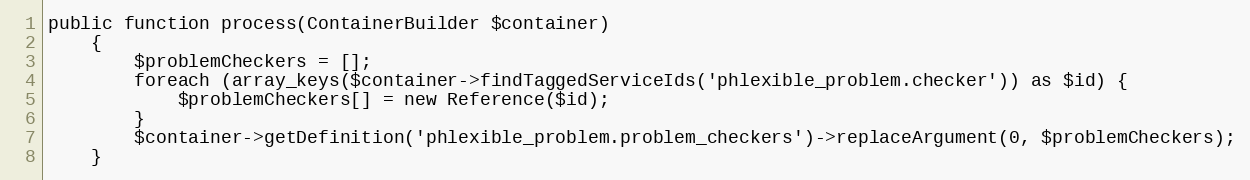
Language: PHP
public function process(ContainerBuilder $container)
    {
        $problemCheckers = [];
        foreach (array_keys($container->findTaggedServiceIds('phlexible_problem.checker')) as $id) {
            $problemCheckers[] = new Reference($id);
        }
        $container->getDefinition('phlexible_problem.problem_checkers')->replaceArgument(0, $problemCheckers);
    }